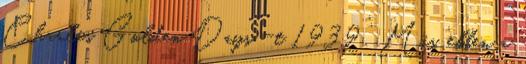
Charles Golden Days” -t 1939 . Más, ebben a